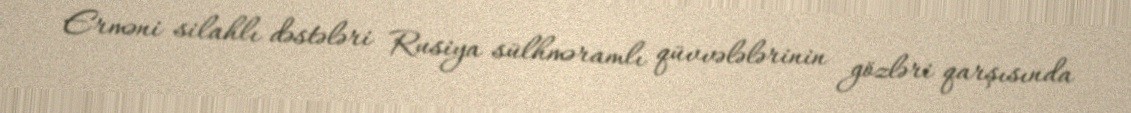
Erməni silahlı dəstələri Rusiya sülhməramlı qüvvələlərinin gözləri qarşısında